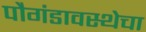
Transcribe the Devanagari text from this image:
पौगंडावस्थेचा